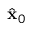
\hat { \mathbf { x } } _ { 0 }